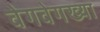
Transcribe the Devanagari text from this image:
वेगवेगख्या